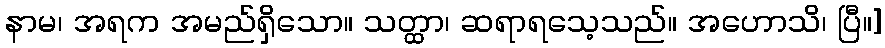
နာမ၊ အရက အမည်ရှိသော။ သတ္ထာ၊ ဆရာရသေ့သည်။ အဟောသိ၊ ပြီ။]